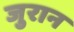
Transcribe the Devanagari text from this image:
जुरान